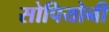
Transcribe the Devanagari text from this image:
सोपियोनी